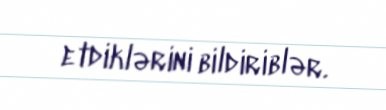
etdiklərini bildiriblər.